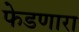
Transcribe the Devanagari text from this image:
फेडणारा